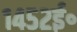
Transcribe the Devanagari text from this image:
१४५२ई॰